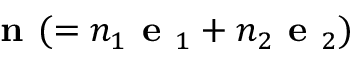
\textbf { n } ( = n _ { 1 } \textbf { e } _ { 1 } + n _ { 2 } \textbf { e } _ { 2 } )